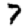
Digit: 7